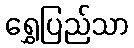
ရွှေပြည်သာ